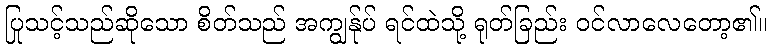
ပြုသင့်သည်ဆိုသော စိတ်သည် အကျွန်ုပ် ရင်ထဲသို့ ရုတ်ခြည်း ဝင်လာလေတော့၏။